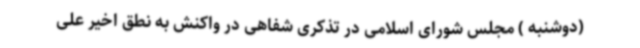
(دوشنبه ) مجلس شورای اسلامی در تذکری شفاهی در واکنش به نطق اخیر علی